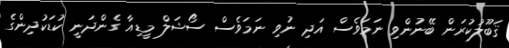
ޤަބޫލުކުރަން ބޭނުންވި ނަމަވެސް އަދި ނުވި ނަމަވެސް ސޯޝަލް މީޑިއާ ގެންދަނީ ކުޑަކުދިންގެ